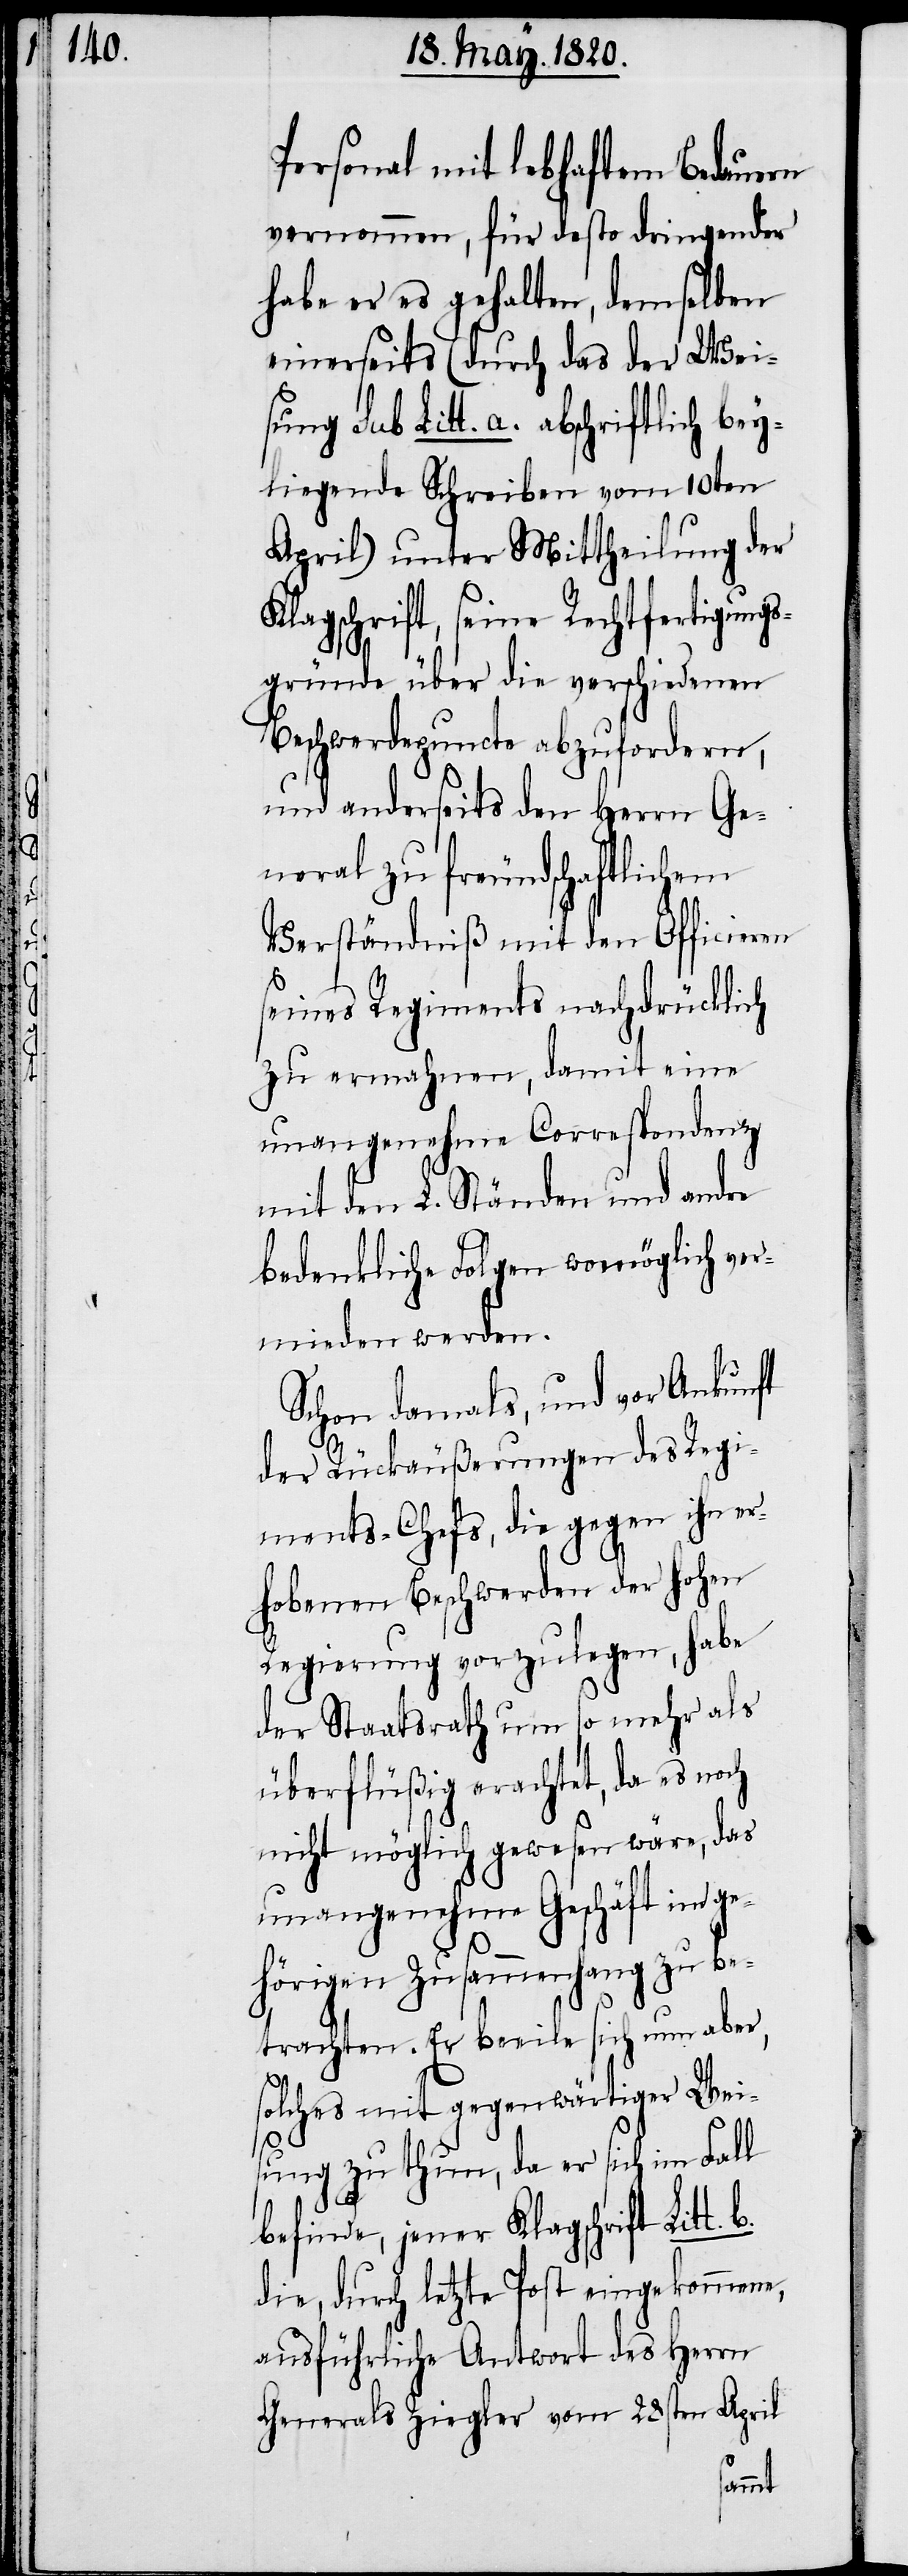
l

Personal mit lebhaftem Bedauern
vernommen, für desto dringender
habe er es gehalten, demselben
einerseits (durch das der Weis¬
sub Litt. a. abschriftlich bey¬
liegende Schreiben vom 10ten
April) unter Mittheilung der
Klageschrift, seine Rechtfertigungs¬
gründe über die verschiedenen
Beschwerdepuncte abzufordern,
und anderseits den Herrn Ge¬
neral zu freundschaftlichem
Verständniß mit den Officieren
seines Regiments nachdrücklich
zu ermahnen, damit eine
unangenehme Correspondenz
mit den L. Ständen und andre
bedenkliche Folgen womöglich ver¬
mieden werden.
Schon damals, und vor Ankunft
der Rückäußerungen des Regi¬
ments-Chefs, die gegen ihn er¬
hobenen Beschwerden der Hohen
Regierung vorzulegen, habe
der Staatsrath um so mehr als
überflüßig erachtet, da es noch
nicht möglich gewesen wäre, das
unangenehme Geschäft im ge¬
hörigen Zusammenhang zu be¬
trachten. Er beeile sich nun aber,
solches mit gegenwärtiger Wei¬
sung zu thun, da er sich im Fal¬
befinde, jener Klagschrift Litt.
die, durch letzte Post eingekommene,
ausführliche Antwort des Herrn
Generals Ziegler vom 28sten April